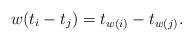
LaTeX: \begin{align*}w(t_i - t_j) = t_{w(i)} - t_{w(j)}.\end{align*}